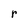
Character: r